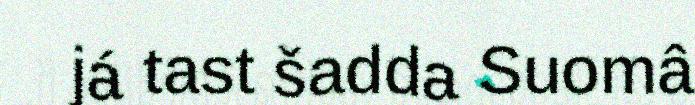
já tast šadda Suomâ